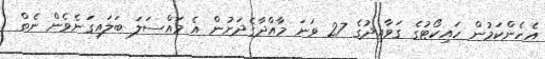
އެހެންކަމުން ހައިކޯޓުގެ ގަވާއިދުގެ 27 ވަނަ މާއްދާގެދަށުން އެ މައްސަލަ ބަލައިގަނެވެން ނެތް